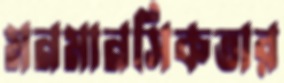
মনমানসিকতার